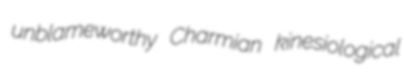
unblameworthy Charmian kinesiological